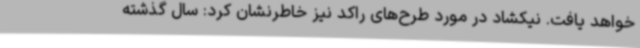
خواهد یافت. نیکشاد در مورد طرح‌های راکد نیز خاطرنشان کرد: سال گذشته